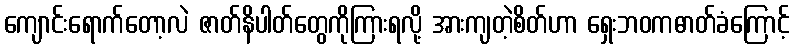
ကျောင်းရောက်တော့လဲ ဇာတ်နိပါတ်တွေကိုကြားရလို့ အားကျတဲ့စိတ်ဟာ ရှေးဘဝကဓာတ်ခံကြောင့်